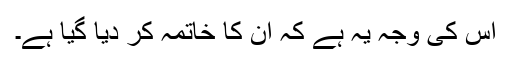
اس کی وجہ یہ ہے کہ ان کا خاتمہ کر دیا گیا ہے۔